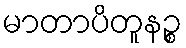
မာတာပိတူနဉ္စ